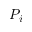
P _ { i }